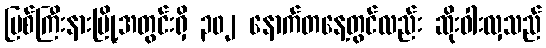
မြစ်ကြီးနားမြို့အတွင်းရှိ ၃၀၂ နောက်တနေ့တွင်လည်း ဆိုးဝါးလှသည်